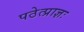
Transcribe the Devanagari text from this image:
पठेत्प्राज्ञः